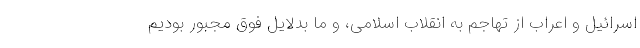
اسرائیل و اعراب از تهاجم به انقلاب اسلامی، و ما بدلایل فوق مجبور بودیم